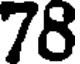
78